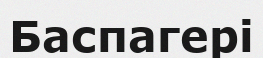
Баспагері